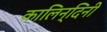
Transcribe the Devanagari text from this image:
कालिन्दिनी